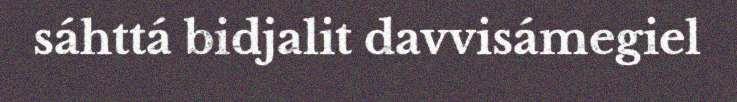
sáhttá bidjalit davvisámegiel